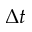
\Delta t